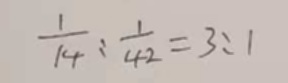
\frac { 1 } { 1 4 } : \frac { 1 } { 4 2 } = 3 : 1